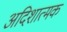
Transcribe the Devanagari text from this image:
अदिशात्मक